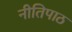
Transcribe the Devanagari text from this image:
नीतिपाठ